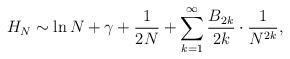
LaTeX: \begin{align*}H_N \sim \ln N + \gamma + \frac{1}{2N} + \sum_{k=1}^{\infty} \frac{B_{2k}}{2k} \cdot \frac{1}{N^{2k}},\end{align*}